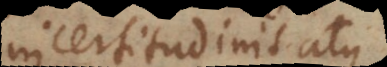
incertitudinis atque